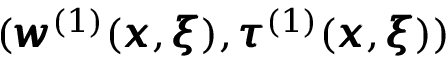
( { \pmb w } ^ { ( 1 ) } ( { \pmb x } , { \pmb \xi } ) , { \pmb \tau } ^ { ( 1 ) } ( { \pmb x } , { \pmb \xi } ) )